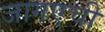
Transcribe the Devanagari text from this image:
जागएची